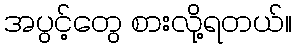
အပွင့်တွေ စားလို့ရတယ်။